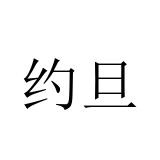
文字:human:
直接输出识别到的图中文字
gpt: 约旦